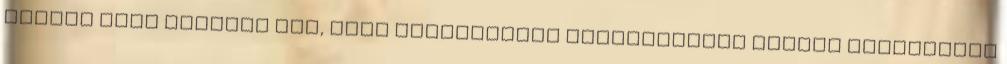
január havi bérleti díj, amit decemberben kiszámláztak kettős könyvvitel